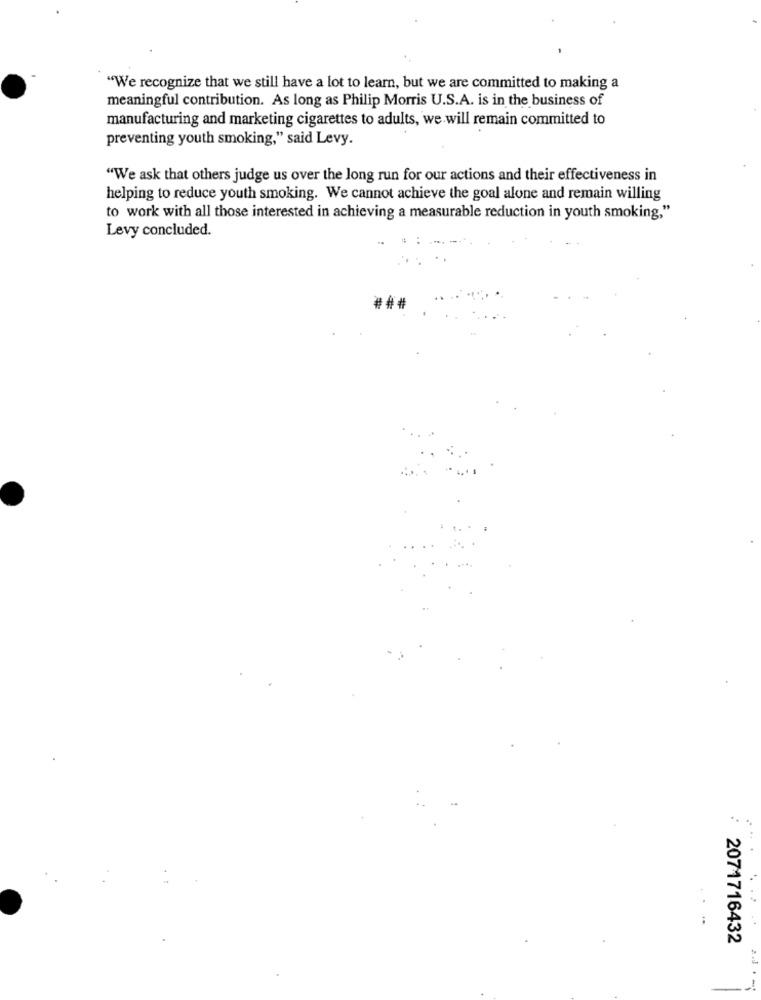
"We recognize that we still have a lot to learn, but we are committed to making a
meaningful contribution. As long as Philip Morris U.S.A. is in the business of
manufacturing and marketing cigarettes to adults, we will remain committed to
preventing youth smoking," said Levy.
"We ask that others judge us over the long run for our actions and their effectiveness in
helping to reduce youth smoking. We cannot achieve the goal alone and remain willing
to work with all those interested in achieving a measurable reduction in youth smoking,"
Levy concluded.
###
...
2071716432